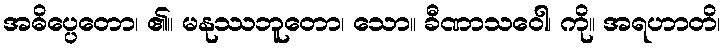
အဓိပ္ပေတော၊ ၏။ မနုဿဘူတော၊ သော။ ခီဏာသဝေါ၊ ကို။ အရဟာတိ၊